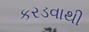
કરડવાથી